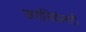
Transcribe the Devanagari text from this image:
अपासियोनाटी